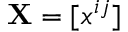
\mathbf { X } = [ x ^ { i j } ]